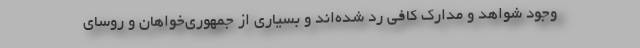
وجود شواهد و مدارک کافی رد شده‌اند و بسیاری از جمهوری‌خواهان و روسای